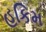
હકિમ